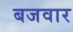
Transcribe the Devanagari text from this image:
बजवार